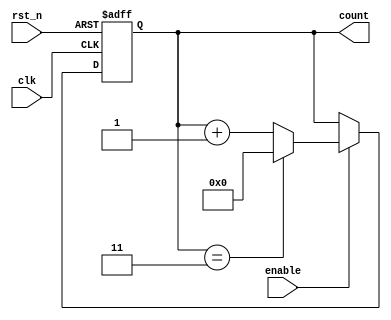
module async_counter #(
    parameter N = 4 // Maximum count value (N-1 is the max value)
)(
    input wire clk,               // Clock signal
    input wire rst_n,             // Asynchronous active-low reset
    input wire enable,            // Enable signal
    output reg [N-1:0] count      // Counter output
);

    // Asynchronous reset and counting logic
    always @(posedge clk or negedge rst_n) begin
        if (!rst_n) begin
            count <= 0; // Reset counter to 0
        end else if (enable) begin
            if (count == (N-1)) begin
                count <= 0; // Wrap around to 0 upon reaching maximum value
            end else begin
                count <= count + 1; // Increment counter
            end
        end
    end

endmodule